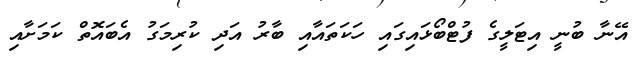
އޭނާ ބުނީ އިޓަލީގެ ފުޓްބޯޅައިގައި ހަކަތައާއި ބާރު އަދި ކުރިމަގު އެބައޮތް ކަަމަށާއި